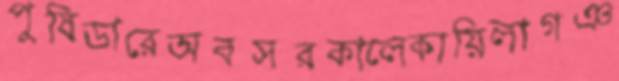
পুষিডারেঅবসরকালেকায়িলাগঞ